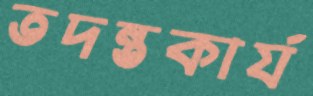
তদন্তকার্য